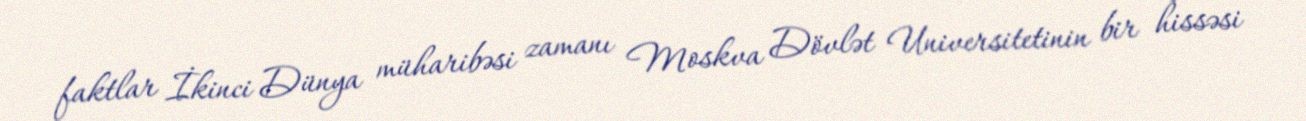
faktlar İkinci Dünya müharibəsi zamanı Moskva Dövlət Universitetinin bir hissəsi